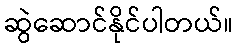
ဆွဲဆောင်နိုင်ပါတယ်။